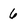
Character: 6